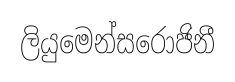
ලියුමෙන්සරොජිනී